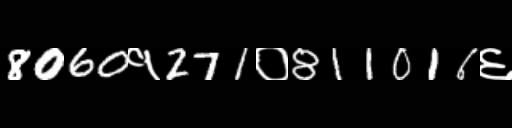
Text: 8060१271०811016६